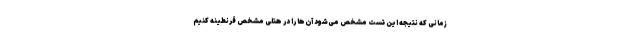
زمانی که نتیجه این تست مشخص می‌شود آن‌ها را در هتلی مشخص قرنطینه کنیم